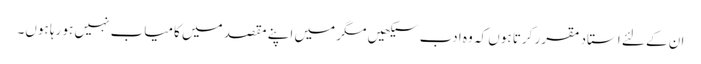
ان کے لئے استاد مقرر کرتا ہوں کہ وہ ادب سیکھیں مگر میں اپنے مقصد میں کامیاب نہیں ہو رہا ہوں۔